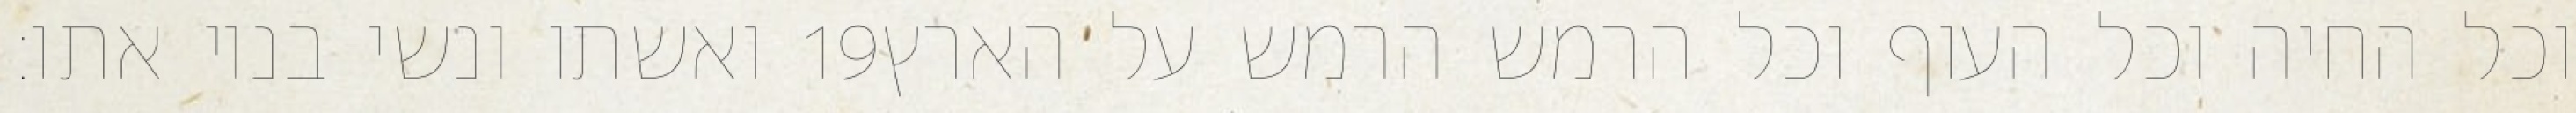
ואשתו ונשי בניו אתו׃ ‎19‏ וכל החיה וכל העוף וכל הרמש הרמש על הארץ